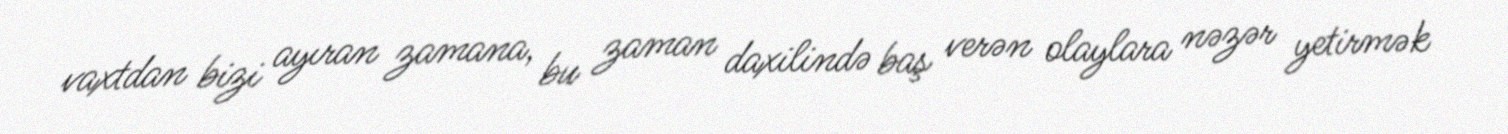
vaxtdan bizi ayıran zamana, bu zaman daxilində baş verən olaylara nəzər yetirmək